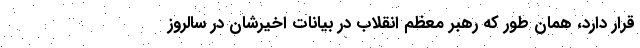
قرار دارد، همان طور که رهبر معظم انقلاب در بیانات اخیرشان در سالروز